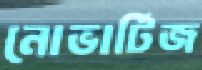
নোভার্টিজ